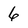
Character: 6